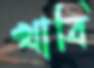
খাবি